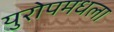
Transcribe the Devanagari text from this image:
युरोपमधला